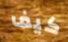
كيف